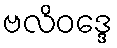
ဗလိဝဒ္ဒေ